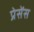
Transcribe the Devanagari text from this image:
प्रेसेंस